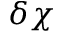
\delta \chi